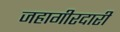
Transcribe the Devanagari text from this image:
जहागीरदारी